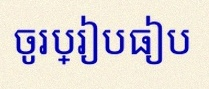
ចូរប្រៀបធៀប